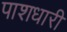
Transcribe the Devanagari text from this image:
पाशधारी